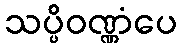
သပ္ပိဝဏ္ဏံပေ